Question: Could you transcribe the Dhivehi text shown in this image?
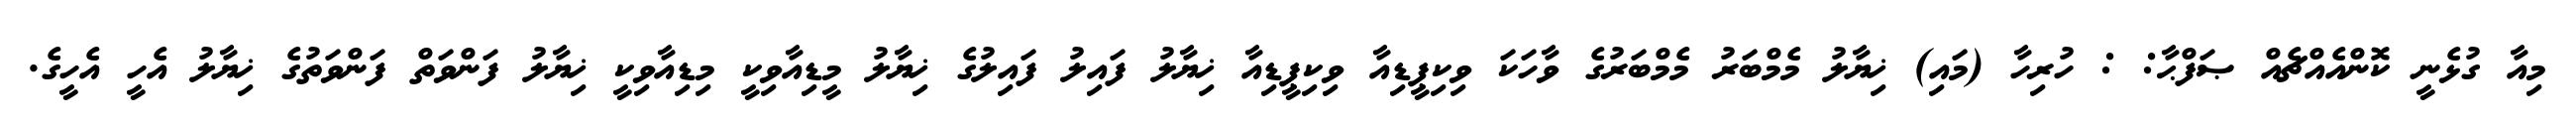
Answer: މިއާ ގުޅެނީ ކޮންއެއްޗެއް ޞަފްޙާ: : ހުރިހާ (މައި) ޚިޔާލު މެމްބަރު މެމްބަރުގެ ވާހަކަ ވިކިޕީޑިއާ ވިކިޕީޑިއާ ޚިޔާލު ފައިލު ފައިލުގެ ޚިޔާލު މީޑިއާވިކީ މިޑިއާވިކީ ޚިޔާލު ފަންވަތް ފަންވަތުގެ ޚިޔާލު އެހީ އެހީގެ.